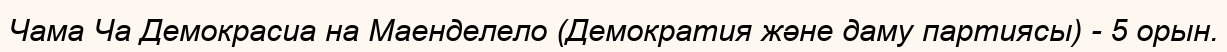
Чама Ча Демокрасиа на Маенделело (Демократия және даму партиясы) - 5 орын.